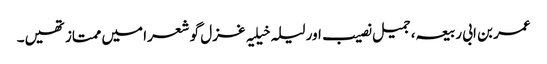
عمر بن ابی ربیعہ، جمیل نصیب اور لیلہ خیلیہ غزل گو شعرا میں ممتاز تھیں۔